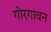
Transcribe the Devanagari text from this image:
गोरगावन